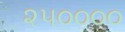
૨૫૦૦૦૦